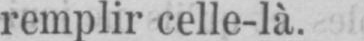
remplir celle-là.